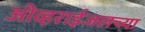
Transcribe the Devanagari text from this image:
ओव्हराईजलच्या